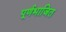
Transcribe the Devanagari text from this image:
पूर्णभाजित